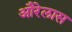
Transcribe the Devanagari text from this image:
औरेलास